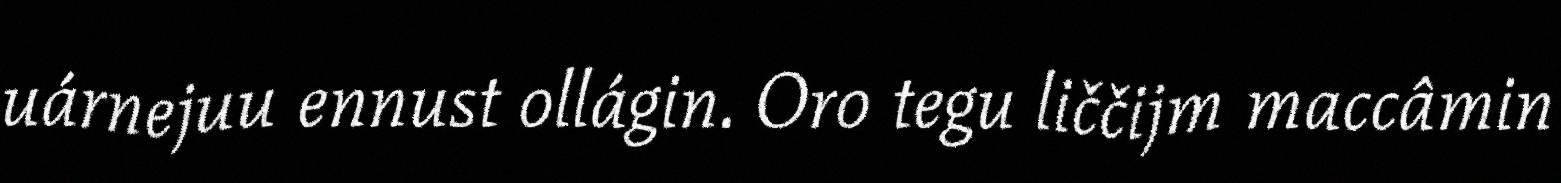
uárnejuu ennust ollágin. Oro tegu liččijm maccâmin